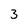
Character: 3